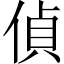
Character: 偵